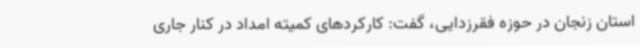
استان زنجان در حوزه فقرزدایی، گفت: کارکردهای کمیته امداد در کنار جاری